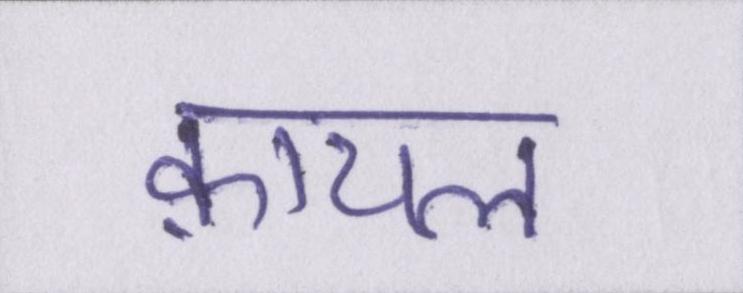
क़ायल